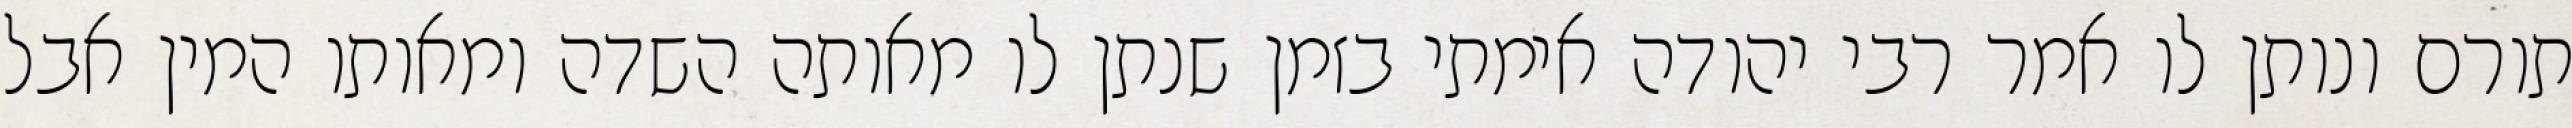
תורם ונותן לו אמר רבי יהודה אימתי בזמן שנתן לו מאותה השדה ומאותו המין אבל